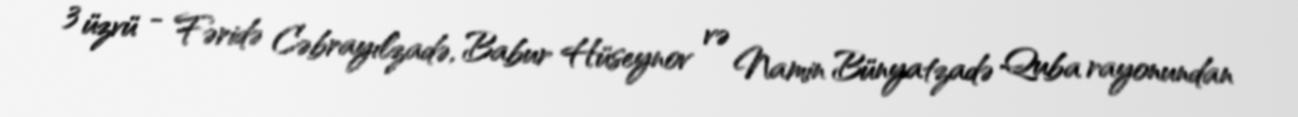
3 üzvü - Fəridə Cəbrayılzadə, Babur Hüseynov və Namin Bünyatzadə Quba rayonundan